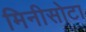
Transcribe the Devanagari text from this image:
मिनीसोटा